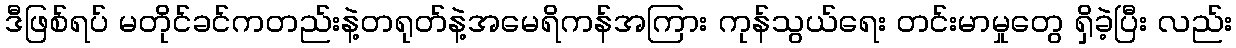
ဒီဖြစ်ရပ် မတိုင်ခင်ကတည်းနဲ့တရုတ်နဲ့အမေရိကန်အကြား ကုန်သွယ်ရေး တင်းမာမှုတွေ ရှိခဲ့ပြီး လည်း